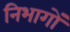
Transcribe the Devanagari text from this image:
निभागों